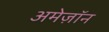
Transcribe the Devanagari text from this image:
अमेज़ॉन